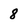
Character: 8